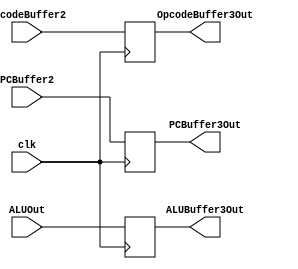
module Buffer3(
	input		clk,
	input	[15:0]	PCBuffer2,			// PC from buffer 3 output
	input 	[15:0]	ALUOut,				// Output of ALU module in stage 3
	input	[7:0] 	OpcodeBuffer2,			// opcode from buffer 2 output
	output	[15:0] 	PCBuffer3Out,			// Outputing (PC+1)? of instruction going to stage 4 into stage 4 
	output 	[15:0]	ALUBuffer3Out,			// Outputing ALU output into stage 4
	output	[7:0]	OpcodeBuffer3Out		// Outputing Opcode of instruction going to stage 4 into stage 4
);

reg	[15:0] PCBuffer3;
reg [15:0] ALUBuffer3;
reg [7:0] OpcodeBuffer3;

initial begin
	PCBuffer3 = 0;
	ALUBuffer3 = 0;
	OpcodeBuffer3 = 0;
end
always@(posedge clk) begin
    PCBuffer3 = PCBuffer2;
    ALUBuffer3 = ALUOut;
    OpcodeBuffer3 = OpcodeBuffer2; 
end
assign  PCBuffer3Out = PCBuffer3 ;
assign  ALUBuffer3Out = ALUBuffer3 ;
assign  OpcodeBuffer3Out = OpcodeBuffer3;
endmodule